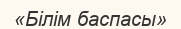
«Білім баспасы»